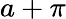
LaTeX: a+\pi